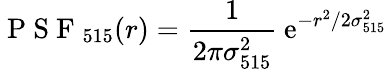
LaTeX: \mathrm{~P~S~F~}_{515}(r)=\frac{1}{2\pi\sigma_{515}^{2}}\: \mathrm{e}^{-r^{2}/2\sigma_{515}^{2}}